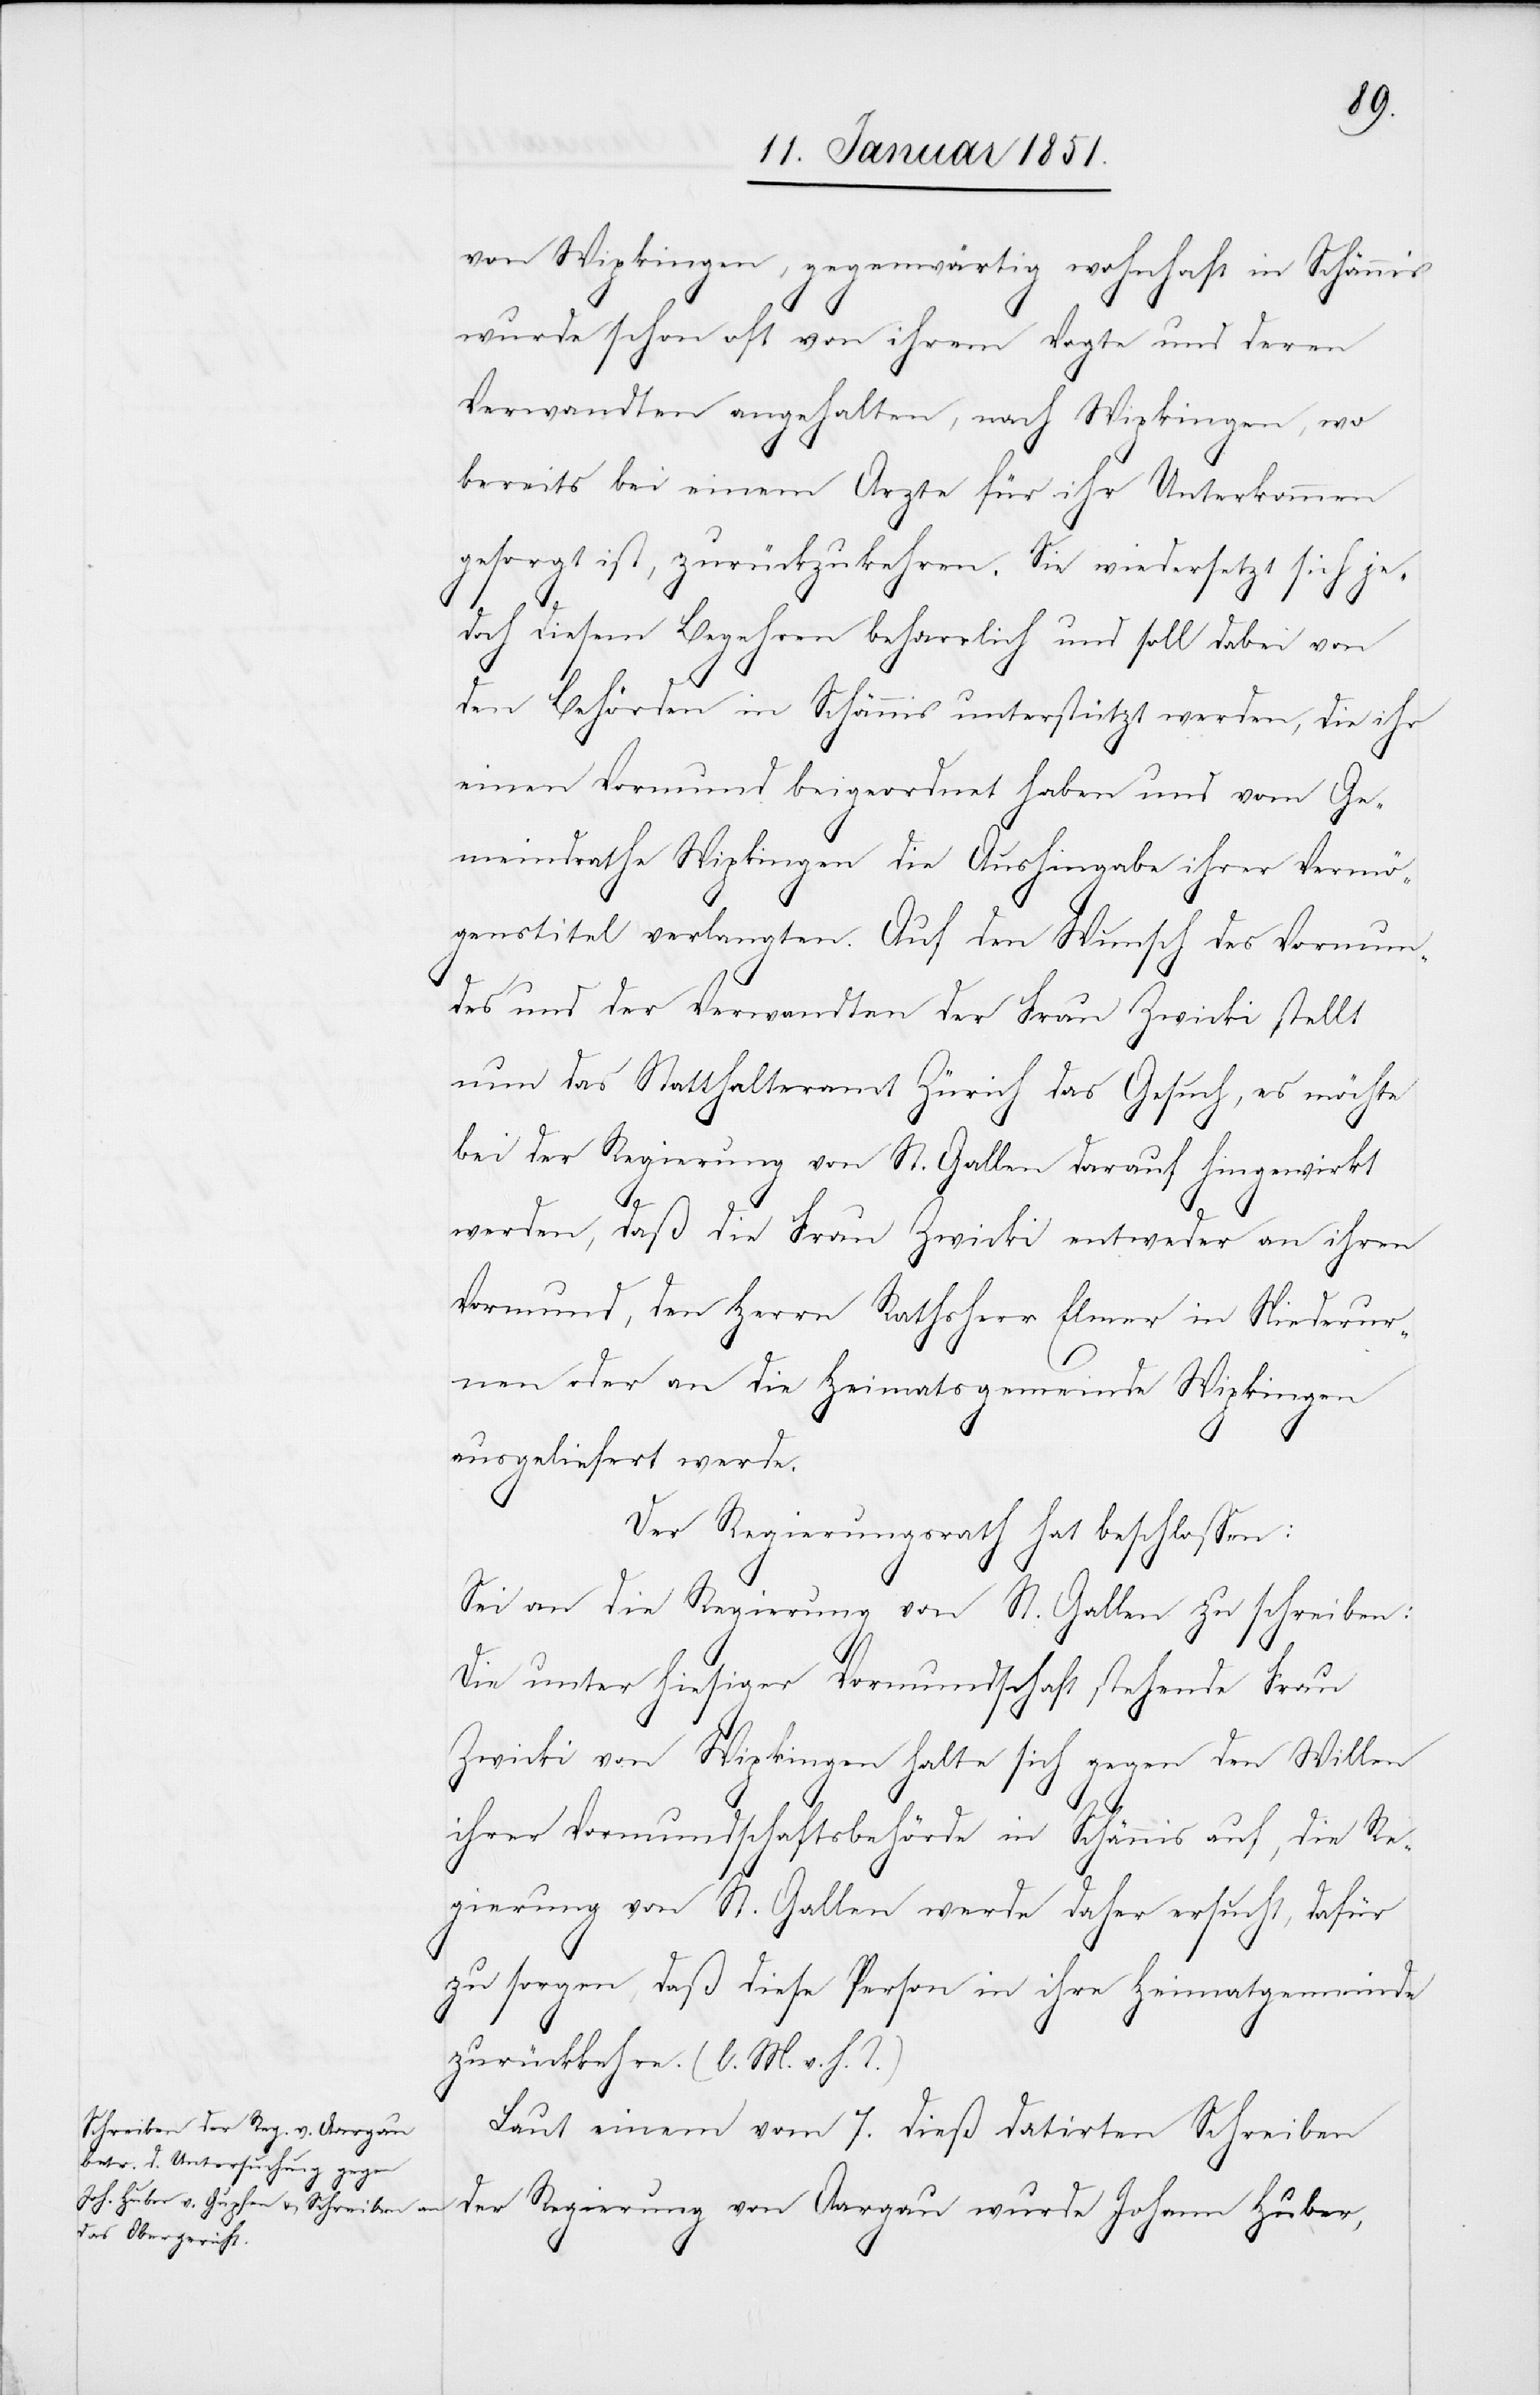
von Wipkingen, gegenwärtig wohnhaft in Schännis
wurde schon oft von ihrem Vogte und deren
Verwandten angehalten, nach Wipkingen, wo
bereits bei einem Arzte für ihr Unterkommen
gesorgt ist, zurückzukehren. Sie wiedersetzt sich je¬
doch diesem Begehren beharrlich und soll dabei von
den Behörden in Schännis unterstützt werden, die ihr
einen Vormund beigeordnet haben und vom Ge¬
meindrathe Wipkingen die Aushingabe ihrer Vermö¬
genstitel verlangten. Auf den Wunsch des Vormun¬
des und der Verwandten der Frau Zwicki stellt
nun das Statthalteramt Zürich das Gesuch, es möchte
bei der Regierung von St. Gallen darauf hingewirkt
werden, daß die Frau Zwicki entweder an ihren
Vormund, den Herrn Rathsherr Elmer in Niederur¬
nen oder an die Heimatsgemeinde Wipkingen
ausgeliefert werde.
Der Regierungsrath hat beschlossen:
Sei an die Regierung von St. Gallen zu schreiben:
Die unter hiesiger Vormundschaft stehende Frau
Zwicki von Wipkingen halte sich gegen den Willen
ihrer Vormundschaftsbehörde in Schännis auf, die Re¬
gierung von St. Gallen werde daher ersucht, dafür
zu sorgen, daß diese Person in ihre Heimatgemeinde
zurückkehre. (l. M. v. h. T.)
Laut einem vom 7. dieß datirten Schreiben
der Regierung von Aargau wurde Johann Huber,